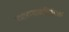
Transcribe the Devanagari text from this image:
उभारण्याव्यतिरिक्त